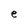
Character: e